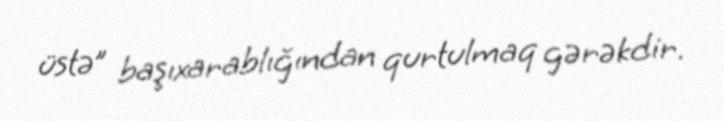
üstə” başıxarablığından qurtulmaq gərəkdir.